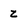
Character: z